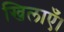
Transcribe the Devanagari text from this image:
खिलाएँ।